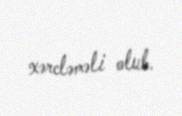
xərcləməli olub.